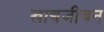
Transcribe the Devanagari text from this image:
खाद्यजीवन